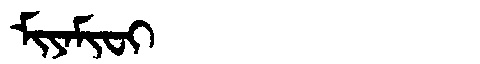
Manchu: ᠮᡳᠶᠠᠮᡳᠸᡳ
Romanization: MIYAMIFI